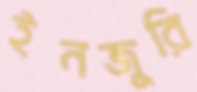
ইনজুরি